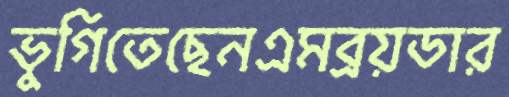
ভুগিতেছেনএমব্রয়ডার